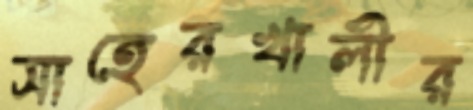
সাহেরখালীর